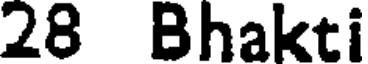
28 Bhakti